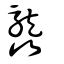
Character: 龘